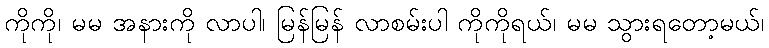
ကိုကို၊ မမ အနားကို လာပါ၊ မြန်မြန် လာစမ်းပါ ကိုကိုရယ်၊ မမ သွားရတော့မယ်၊